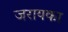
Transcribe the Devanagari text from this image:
जरायका